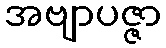
အဗျာပဇ္ဇာ